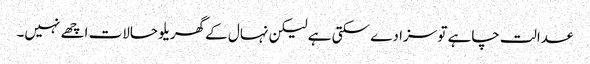
عدالت چاہے تو سزا دے سکتی ہے لیکن نہال کے گھریلو حالات اچھے نہیں۔